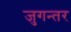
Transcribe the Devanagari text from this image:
जुगन्तर